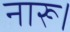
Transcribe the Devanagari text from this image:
नारू।